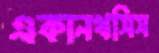
একানথসিস